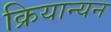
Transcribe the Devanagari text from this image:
क्रियान्यन